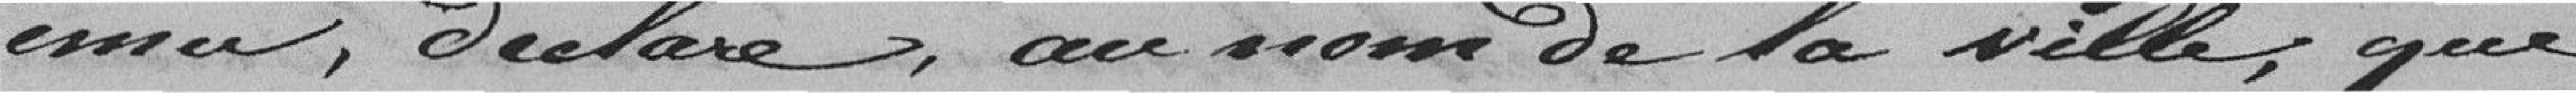
ému, déclare, au nom de la vile, que